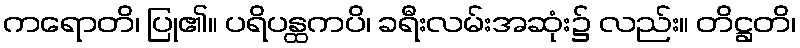
ကရောတိ၊ ပြု၏။ ပရိပန္ထကပိ၊ ခရီးလမ်းအဆုံး၌ လည်း။ တိဋ္ဌတိ၊